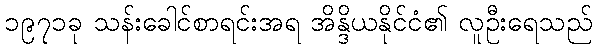
၁၉၇၁ခု သန်းခေါင်စာရင်းအရ အိန္ဒိယနိုင်ငံ၏ လူဦးရေသည်